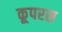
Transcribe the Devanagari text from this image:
कूपरस